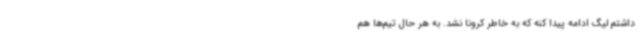
داشتم لیگ ادامه پیدا کنه که به خاطر کرونا نشد. به هر حال تیم‌ها هم